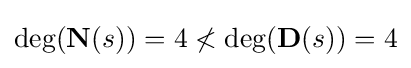
\deg({\textbf {N}}(s))=4\nless \deg({\textbf {D}}(s))=4